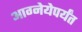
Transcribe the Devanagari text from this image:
आग्नेयेपर्यंत